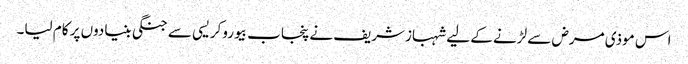
اس موذی مرض سے لڑنے کے لیے شہبازشریف نے پنجاب بیوروکریسی سے جنگی بنیادوں پر کام لیا۔